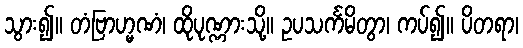
သွား၍။ တံဗြာဟ္မဏံ၊ ထိုပုဏ္ဏားသို့။ ဥပသင်္ကမိတွာ၊ ကပ်၍။ ပိတရာ၊